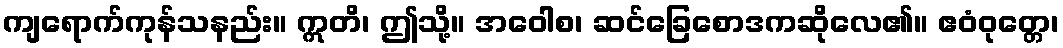
ကျရောက်ကုန်သနည်း။ ဣတိ၊ ဤသို့။ အဝေါစ၊ ဆင်ခြေစောဒကဆိုလေ၏။ ဧဝံဝုတ္တေ၊